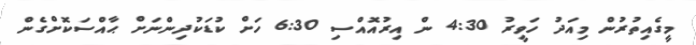
މީގެއިތުރުން މިއަދު ހަވީރު 4:30 ން އިރުއޮއްސި 6:30 ހަށް ކުޑަކުދިންނަށް ޙާއްސަކޮށްގެން